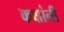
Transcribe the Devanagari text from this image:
कक्षांनी